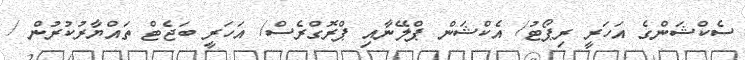
ސެކްޝަންގެ އަހަރީ ރިޕޯޓު/ އެކްޝަން ޕްލޭނާއި ޕްރޮގްރެސް/ އަހަރީ ބަޖެޓް ތައްޔާރުކުރުން /